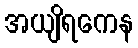
အယျိရကေန